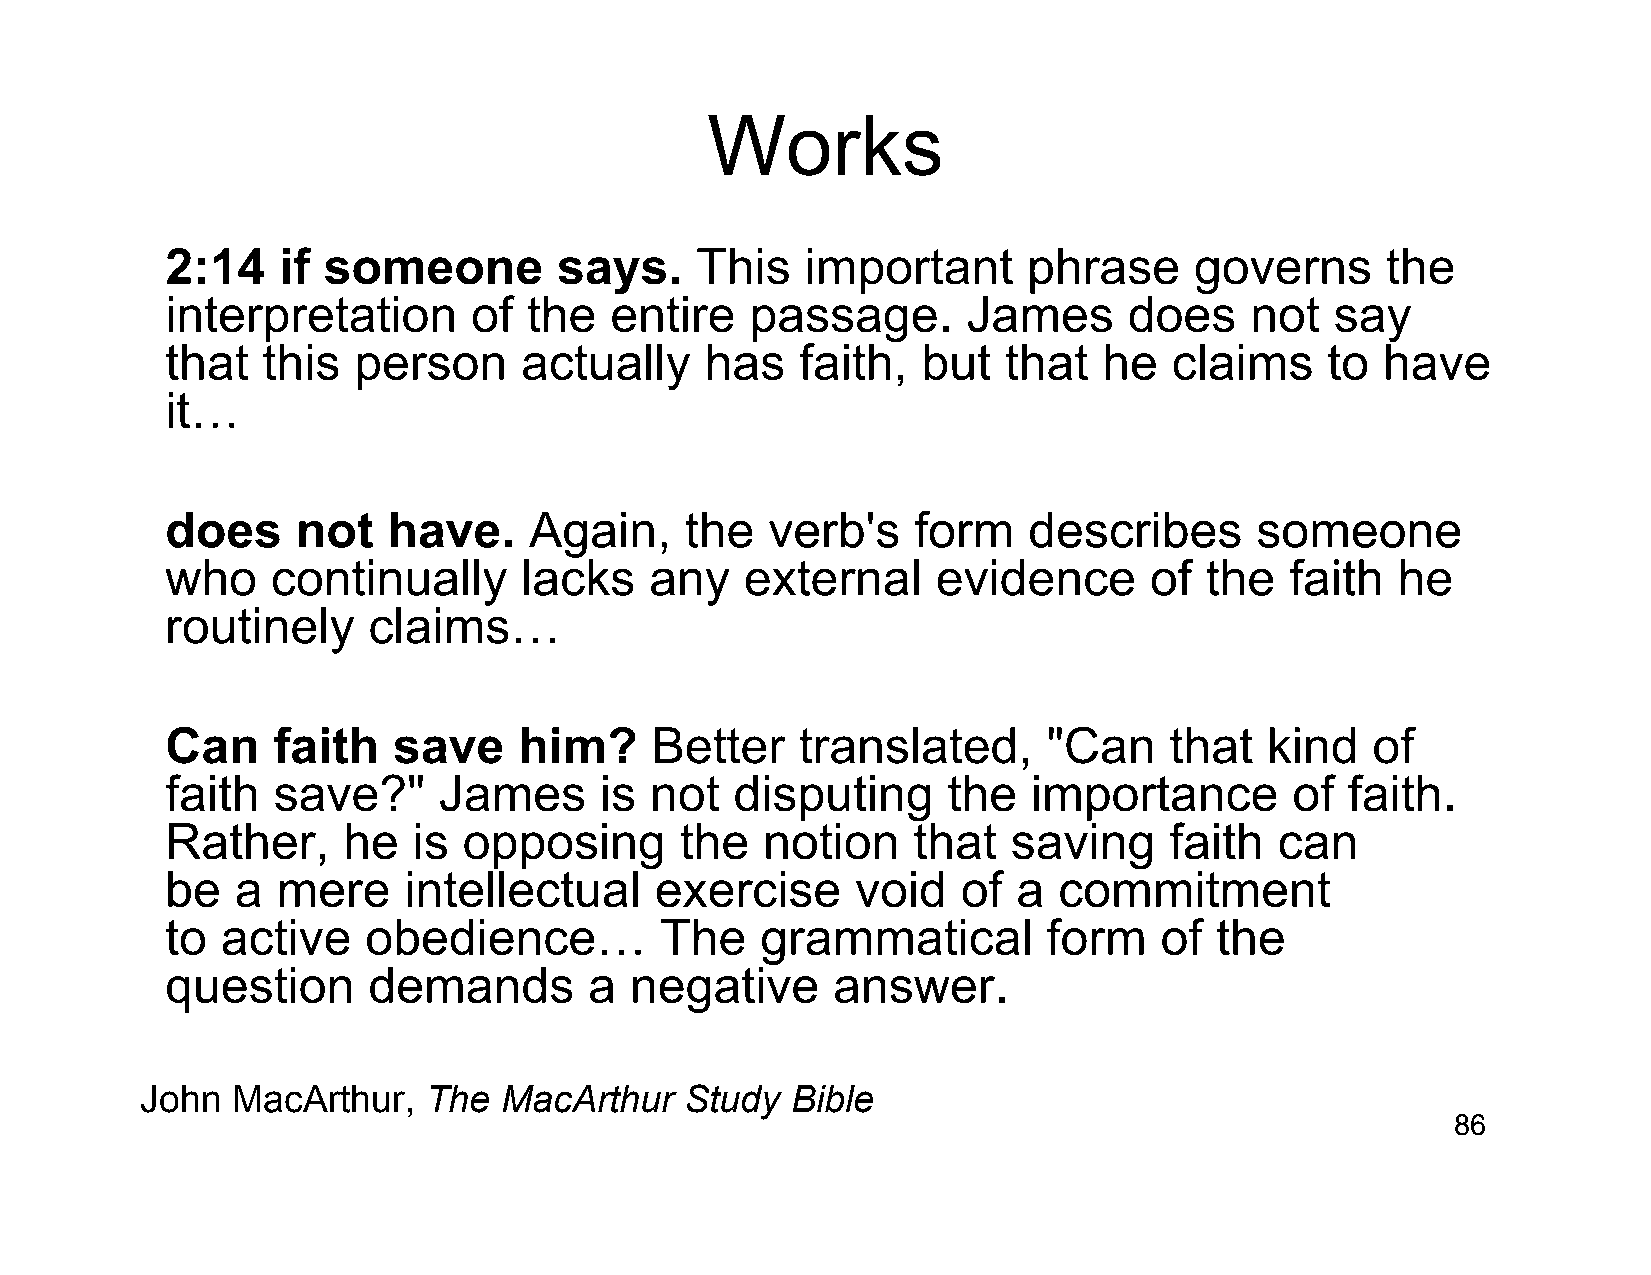
Works
 2:14   if someone         says.    This   important      phrase     governs      the
 interpretation      of  the  entire    passage.      James      does    not  say
 that  this  person     actually     has   faith,  but  that   he   claims    to  have
 it…
 does     not   have.    Again,    the   verb's   form    describes      someone
 who    continually     lacks    any   external     evidence      of  the  faith  he
 routinely    claims…
 Can    faith   save    him?     Better    translated,     "Can    that   kind   of
 faith  save?"     James      is not   disputing     the  importance        of faith.
 Rather,     he  is  opposing      the  notion    that   saving    faith   can
 be   a mere     intellectual    exercise      void   of a  commitment
 to  active   obedience…          The   grammatical        form    of the
 question     demands        a  negative     answer.
 John  MacArthur,   The  MacArthur   Study  Bible
 86